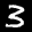
Label: 3